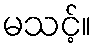
မသင့်။